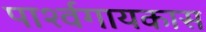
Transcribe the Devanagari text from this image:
पार्श्वगायकास